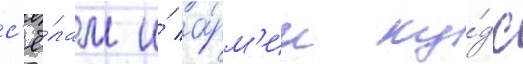
с'ё́лам и́ а́рм'ии ку́дс